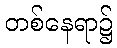
တစ်နေရာ၌